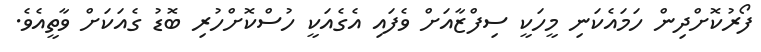
ފޯރުކޮށްދިން ހަމައެކަނި މީހަކީ ސިފްޒާއަށް ވެފައި އެގެއަކީ ހުސްކޮށްހުރި ބޮޑު ގެއަކަށް ވާތީއެވެ.